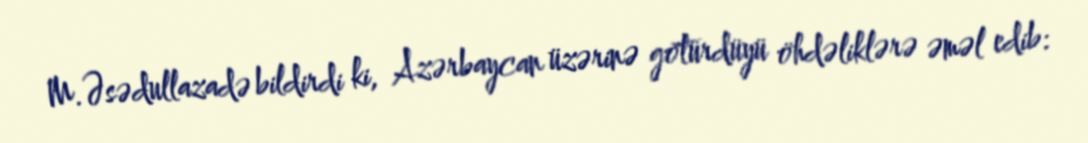
M.Əsədullazadə bildirdi ki, Azərbaycan üzərinə götürdüyü öhdəliklərə əməl edib: